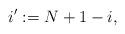
LaTeX: \begin{align*} i':=N+1-i,\end{align*}